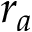
r _ { a }